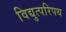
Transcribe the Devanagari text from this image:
विद्युत्परिपथ